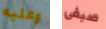
وعليه صيفي